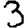
Digit: 3